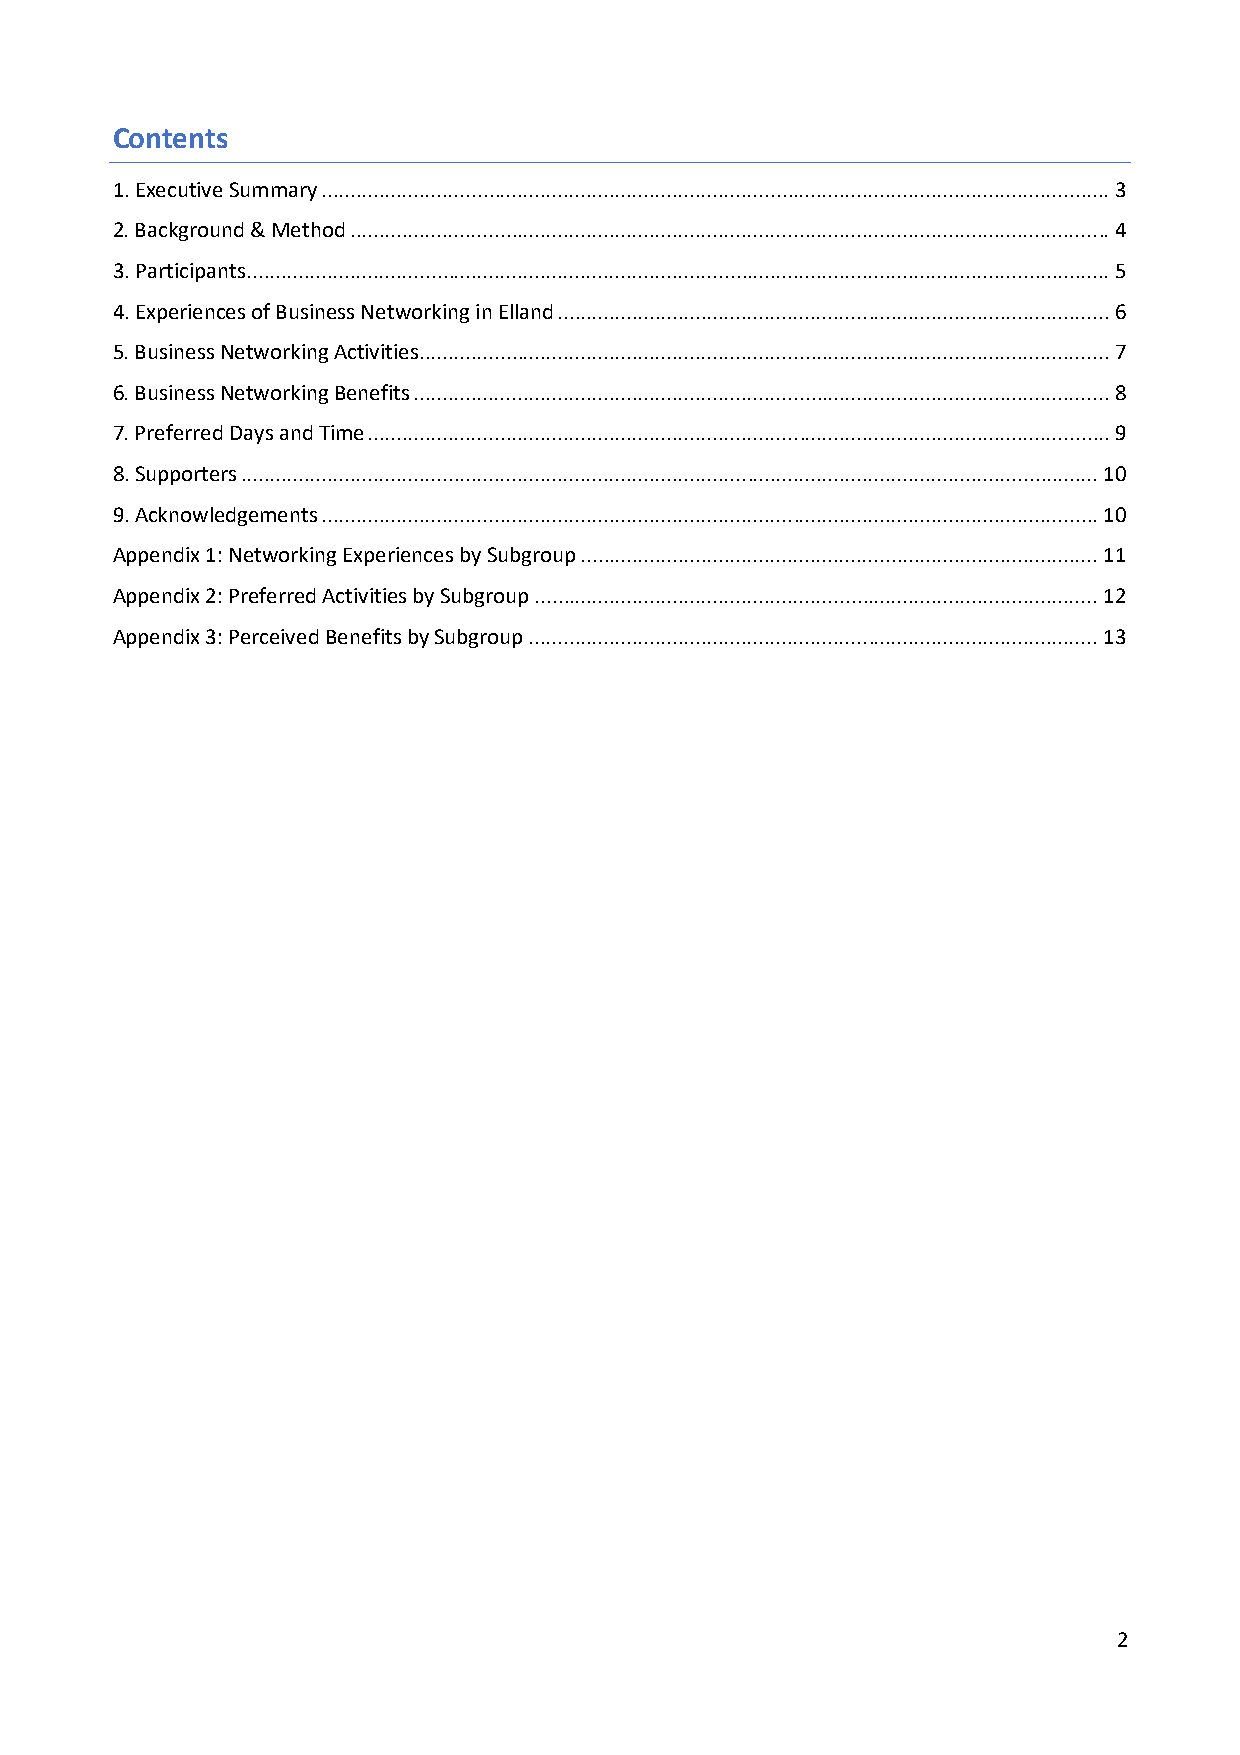
Contents
 1. Executive Summary ......................................................................................................................................... 3
 2. Background & Method .................................................................................................................................... 4
 3. Participants ...................................................................................................................................................... 5
 4. Experiences of Business Networking in Elland ................................................................................................ 6
 5. Business Networking Activities ........................................................................................................................ 7
 6. Business Networking Benefits ......................................................................................................................... 8
 7. Preferred Days and Time ................................................................................................................................. 9
 8. Supporters ..................................................................................................................................................... 10
 9. Acknowledgements ....................................................................................................................................... 10
 Appendix 1: Networking Experiences by Subgroup .......................................................................................... 11
 Appendix 2: Preferred Activities by Subgroup .................................................................................................. 12
 Appendix 3: Perceived Benefits by Subgroup ................................................................................................... 13
 2